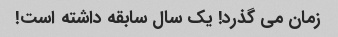
زمان می گذرد! یک سال سابقه داشته است!